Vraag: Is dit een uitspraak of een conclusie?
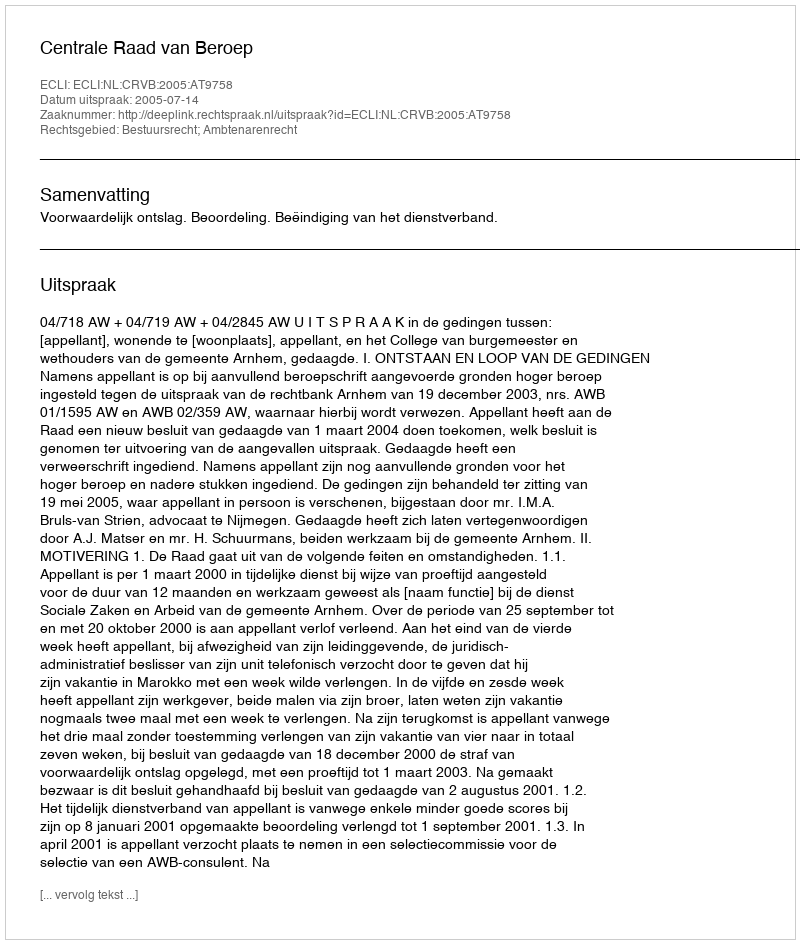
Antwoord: Uitspraak